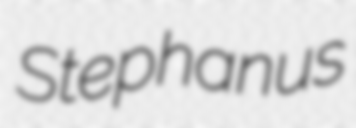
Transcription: Stephanus